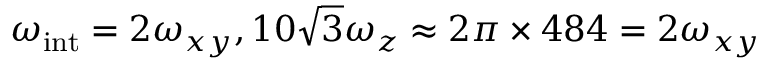
\omega _ { \mathrm { i n t } } = 2 \omega _ { x y } , 1 0 \sqrt { 3 } \omega _ { z } \approx 2 \pi \times 4 8 4 = 2 \omega _ { x y }